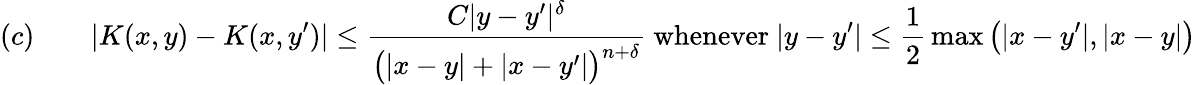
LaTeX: (c)\qquad|K(x,y)-K(x,y^{\prime})|\leq{\frac{C|y-y^{\prime}|^{\delta}}{{\bigl(}|x-y|+|x-y^{\prime}|{\bigr)}^{n+\delta}}}{\mathrm{~whenever~}}|y-y^{\prime}|\leq{\frac{1}{2}}\operatorname*{max}{\bigl(}|x-y^{\prime}|,|x-y|{\bigr)}